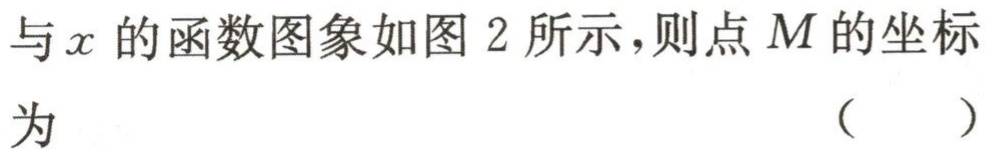
与\(x\)的函数图象如图 2 所示，则点\(M\)的坐标

为 （  ）